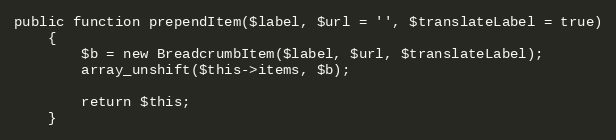
Language: PHP
public function prependItem($label, $url = '', $translateLabel = true)
    {
        $b = new BreadcrumbItem($label, $url, $translateLabel);
        array_unshift($this->items, $b);

        return $this;
    }